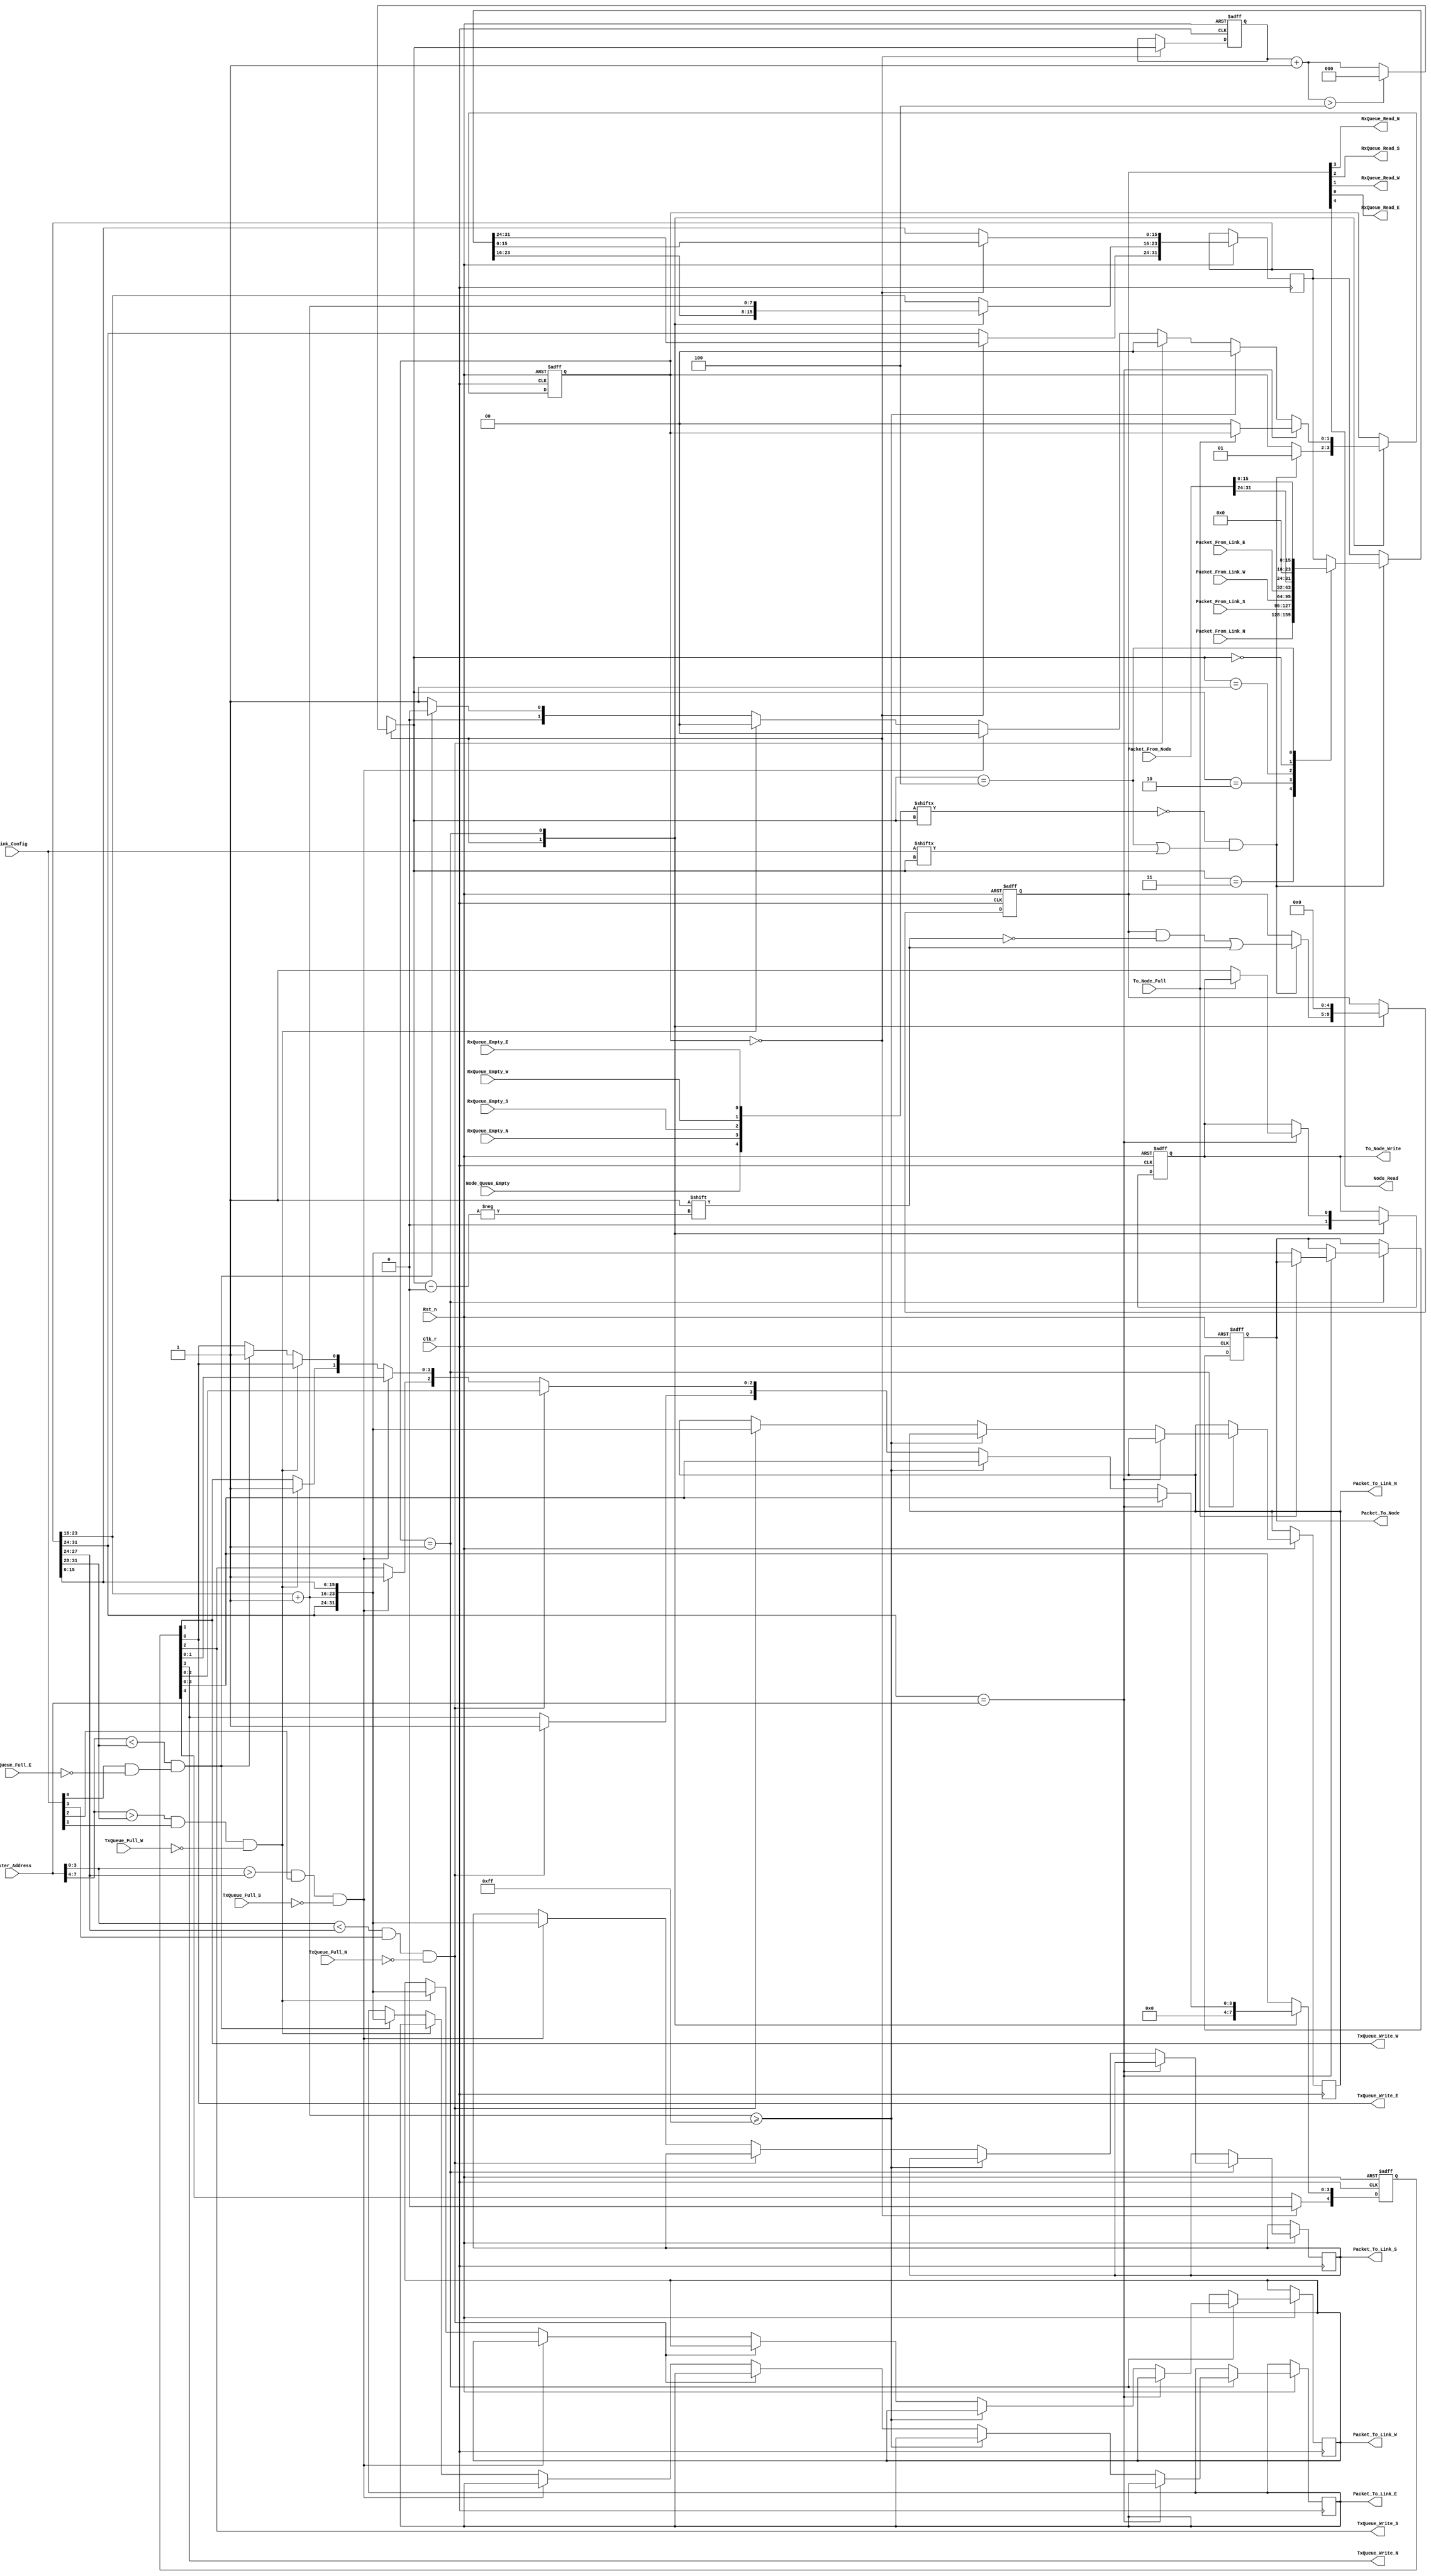
/*
* Description: This file contains the Routing State Machine for the core.
*/
/****************************************************************************
*																			*
*							Routing State Machine							*
*																			*
****************************************************************************/
module Routing_State_Machine(//INPUTS
							Clk_r, Rst_n,		
							Router_Address, Link_Config, 
							
							Packet_From_Link_N, Packet_From_Link_S, Packet_From_Link_W, Packet_From_Link_E, Packet_From_Node,
							RxQueue_Empty_N, RxQueue_Empty_S, RxQueue_Empty_W, RxQueue_Empty_E,
							TxQueue_Full_N, TxQueue_Full_S, TxQueue_Full_W, TxQueue_Full_E, To_Node_Full,
							Node_Queue_Empty,
							
							//OUTPUTS
							Packet_To_Link_N, Packet_To_Link_S, Packet_To_Link_W, Packet_To_Link_E, Packet_To_Node,
							TxQueue_Write_N, TxQueue_Write_S, TxQueue_Write_W, TxQueue_Write_E, To_Node_Write,
							RxQueue_Read_N, RxQueue_Read_S, RxQueue_Read_W, RxQueue_Read_E,
							Node_Read
							 );
//DON'T CHANGE THESE DIGITS.  THEY ARE SPECIAL INDEXES AND ORDERING IS IMPORTANT!!!
localparam NODE 	= 3'd4;
localparam NLINK 	= 3'd3;
localparam SLINK	= 3'd2;
localparam WLINK	= 3'd1;
localparam ELINK	= 3'd0;

//THESE PARAMS CAN BE MODIFIED IF DESIRED
localparam MAX_DELIVERIES =  8'b1111_1111;							 
							 
// Global Interface
	input Clk_r; 	//The global Core clock. This clock is synchronized between Core and Processor 
					//Node. The TX & RX do not necessarily use the same clock.
	input Rst_n;	//The global asynchronous active-low reset signal.

// Router Core / Node Interface
	input [7:0] Router_Address;		//Address of the Router. MS 4 bits indicate WE-Pos, LS 4 bits indicate SN-Pos
	input [3:0] Link_Config; 		//Indicates Enabled(1)/Disabled(0) Links in format NSWE
// Link/Node Ins	
	input [31:0] Packet_From_Link_N, Packet_From_Link_S, Packet_From_Link_W, Packet_From_Link_E, Packet_From_Node;//Use to get packet from its location
	input RxQueue_Empty_N, RxQueue_Empty_S, RxQueue_Empty_W, RxQueue_Empty_E, Node_Queue_Empty;//This Goes High to Let us Know there is no work to be done...
	input TxQueue_Full_N, TxQueue_Full_S, TxQueue_Full_W, TxQueue_Full_E, To_Node_Full;//TxQueue_Full goes high to say that the TxModule cannot accept new requests
// Link/Node Outs
	output reg [31:0] Packet_To_Link_N, Packet_To_Link_S, Packet_To_Link_W, Packet_To_Link_E, Packet_To_Node;//used to send data to a new router, or back to the node if this is the final destination
	output TxQueue_Write_N, TxQueue_Write_S, TxQueue_Write_W, TxQueue_Write_E;
	output reg To_Node_Write;
	output RxQueue_Read_N, RxQueue_Read_S, RxQueue_Read_W, RxQueue_Read_E, Node_Read; // All reads should be held high for a cycle as to let the control/node know that you have read the data
//////////////////////////////////////////////////////////////////////////////////////////////////////
    reg[31:0] chosenPacket;
	//THESE ARE JUST COMBINATIONS OF THE INPUT SIGNALS TO BE USED TO MAKE
	//LOOPING MORE SIMPLE
	wire[4:0] Queue_Empty, TxQueue_Full;
	reg[4:0] TxQueue_Write, RxQueue_Read;
	assign Queue_Empty = {Node_Queue_Empty, RxQueue_Empty_N, RxQueue_Empty_S, RxQueue_Empty_W, RxQueue_Empty_E};
	assign TxQueue_Full = { TxQueue_Full_N, TxQueue_Full_S, TxQueue_Full_W, TxQueue_Full_E };
	assign {TxQueue_Write_N, TxQueue_Write_S, TxQueue_Write_W, TxQueue_Write_E} = TxQueue_Write;
	assign {Node_Read, RxQueue_Read_N, RxQueue_Read_S, RxQueue_Read_W, RxQueue_Read_E} = RxQueue_Read; 

	
    wire[3:0] directionToGo; // hot encoding of NSWE Possible directions.  if all 0s we should abandone the packet
	//Find the direction(s) to go taking into account disabled nodes
	assign directionToGo[3] = ((Router_Address[3:0] < chosenPacket[27:24]) && Link_Config[3]); 	//coreNS < packetNS
	assign directionToGo[2] = ((Router_Address[3:0] > chosenPacket[27:24]) && Link_Config[2]);	//coreNS > packetNS
	assign directionToGo[1] = ((Router_Address[7:4] > chosenPacket[31:28]) && Link_Config[1]);	//coreWE > packetWE
	assign directionToGo[0] = ((Router_Address[7:4] < chosenPacket[31:28]) && Link_Config[0]);	//coreWE < packetWE	

	reg[2:0] dataLocation; //this variable will go from 0 to 4 representing node, nLink, sLink, wLink, eLink, of which to check for data...	We will also use this to know data origin.
//[31:24] --> |WE Pos | NS Pos|
//[23:16] --> Use as Count for packet dropping...
//[15:0] --> DATA
   reg[1:0] currStage;
   reg[1:0] nextStage;
	
	always @(posedge Clk_r, negedge Rst_n) begin
		if (Rst_n == 1'b0) begin
			dataLocation = NODE;
			TxQueue_Write = 4'b0000;
			RxQueue_Read = 5'b00000;  
			currStage = 2'b0;
			nextStage = 2'b0;
			To_Node_Write = 1'b0;
			Packet_To_Node = 32'hFFFF_FFFF;//TODO: LETS SET TO ALL ONES, SEEING AS THAT WOULD NEVER EXIST
		end
		else begin
			currStage = nextStage; // UPDATE THE STAGE
			case (currStage)
			////////// STAGE 0: FIND PACKET WE WILL WORK ON ////////// 
				2'b0: begin 
			   		//Set all write signals low
					TxQueue_Write = 4'b0000;
					To_Node_Write = 1'b0;
	
					//Advance the packet locator (dataLocation)
					dataLocation = dataLocation + 1;
					if(dataLocation > 3'd4) dataLocation = 3'd0;// advance dataLocation by 1.  Keep in range of the 4 links and node
	
					//if this location is not disabled and not empty, grab the packet
					if(!Queue_Empty[dataLocation] && ((dataLocation == NODE) || Link_Config[dataLocation])) begin //if node is nonempty and enabled, or if node, just nonempty
						case (dataLocation) //set chosen packet to packet on node/rx
		                 	NLINK: chosenPacket = Packet_From_Link_N;
		            		SLINK: chosenPacket = Packet_From_Link_S;
		                  	WLINK: chosenPacket = Packet_From_Link_W;
		                  	ELINK: chosenPacket = Packet_From_Link_E;
		                  	NODE: chosenPacket = {Packet_From_Node[31:24], 8'd0, Packet_From_Node[15:0]};//SET OUR ALGO BITS TO ZERO
	                  	endcase
						RxQueue_Read[dataLocation] = 1'b1;//assert read for packet (will deassert in next stage)
						nextStage = 2'd1;//we wish to go to stage 1 next
					end
					else begin 	//else, loop to the next dataLocation and try again
						nextStage = currStage; // stay in this stage
					end
				end
			////////// STAGE 1: FIND THE DIRECTIONS WE SHOULD TAKE THIS PACKET & SEND IT!////////// 
				2'd1: begin 
					RxQueue_Read = 4'b0000;//deassert read for packet (was asserted by prev stage)
					
					chosenPacket[23:16] = chosenPacket[23:16] + 1;//ADVANCE CHOSEN PACKETS COUNT	
	
				//CHECK IF THIS IS THE DEST
					if (chosenPacket[31:24] == Router_Address) begin
						if(!To_Node_Full) begin //we have reached the destination, send to processor node
							Packet_To_Node = chosenPacket; 
							To_Node_Write = 1'b1;
							//we are done here, lets go back to stage 0
							nextStage = 2'd0;
						end
						else begin//can't send to node yet.  Try again next cycle with same data
							nextStage = currStage;//Can't Leave the stage as we haven't given the packet to the node manager
						end
					end
				//CHECK IF THIS PACKET HAS BEEN TRANSFERRED TOO MUCH...
					else if (chosenPacket[23:16] >= MAX_DELIVERIES) begin
						nextStage = 2'b0;  //drop packet, ie, go back to stage 0, find a new one
					end
				//SINCE NEITHER OF THE PREVIOUS BLOCKS TRIGGRED, WE SHOULD TRY
				//TO SEND THIS PACKET.  IF THE PACKET IS BLOCKED BY DOWN
				//LINKS, WE WILL DROP IT, OTHERWISE, THE FSM WILL GIVE THE
				//DATA TO THE FIRST AVAILABLE LINK THAT WOULD MOVE OUR PACKET
				//TOWARDS ITS DESTINATION
					else begin
						//FIRST, MAKE SURE THERE IS A DIRECTION TO GO
						if(directionToGo == 4'b0000) begin //we should just drop the packet as there is nowhere to send it
							nextStage = 2'b0;
						end

						//GREAT, WE ARE NOT BLOCKED, LETS TRY TO TRAVEL.  IF
						//THE NODE IS FULL, WE WILL NOT TRY TO TRAVEL ON IT
						//AND INSTEAD WILL TRY OTHER DIRECTIONS WHICH WILL
						//BRING US CLOSER TO OUR DESTINATION
						if((Router_Address[3:0] < chosenPacket[27:24]) && Link_Config[3] && !TxQueue_Full_N) begin 	//coreNS < packetNS
							//GO NORTH!
							Packet_To_Link_N = chosenPacket;
							TxQueue_Write[3] = 1'b1;
							nextStage = 2'd0;
						end
						else if((Router_Address[3:0] > chosenPacket[27:24]) && Link_Config[2] && !TxQueue_Full_S) begin	//coreNS > packetNS
							//GO SOUTH!
						    Packet_To_Link_S = chosenPacket;
							TxQueue_Write[2] = 1'b1;
							nextStage = 2'd0;
						end
						else if((Router_Address[7:4] > chosenPacket[31:28]) && Link_Config[1] && !TxQueue_Full_W) begin 		//coreWE > packetWE
							//GO WEST!
						    Packet_To_Link_W = chosenPacket;
							TxQueue_Write[1] = 1'b1;
							nextStage = 2'd0;
						end
						else if((Router_Address[7:4] < chosenPacket[31:28]) && Link_Config[0] & !TxQueue_Full_E) begin	//coreWE < packetWE
							//GO EAST!
						    Packet_To_Link_E = chosenPacket;
							TxQueue_Write[0] = 1'b1;
							nextStage = 2'd0;
						end
						else begin //ALL OF THE DIRECTIONS WE WANTED TO TRAVEL MUST HAVE BEEN FULL.  LETS JUST WAIT HERE...
							nextStage = 2'd1;
						end
					end
				end
			endcase
		end
end
endmodule